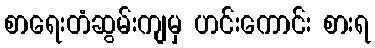
စာရေးတံဆွမ်းကျမှ ဟင်းကောင်း စားရ